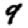
Digit: 9